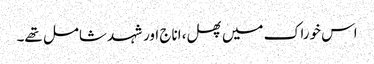
اس خوراک میں پھل، اناج اور شہد شامل تھے۔